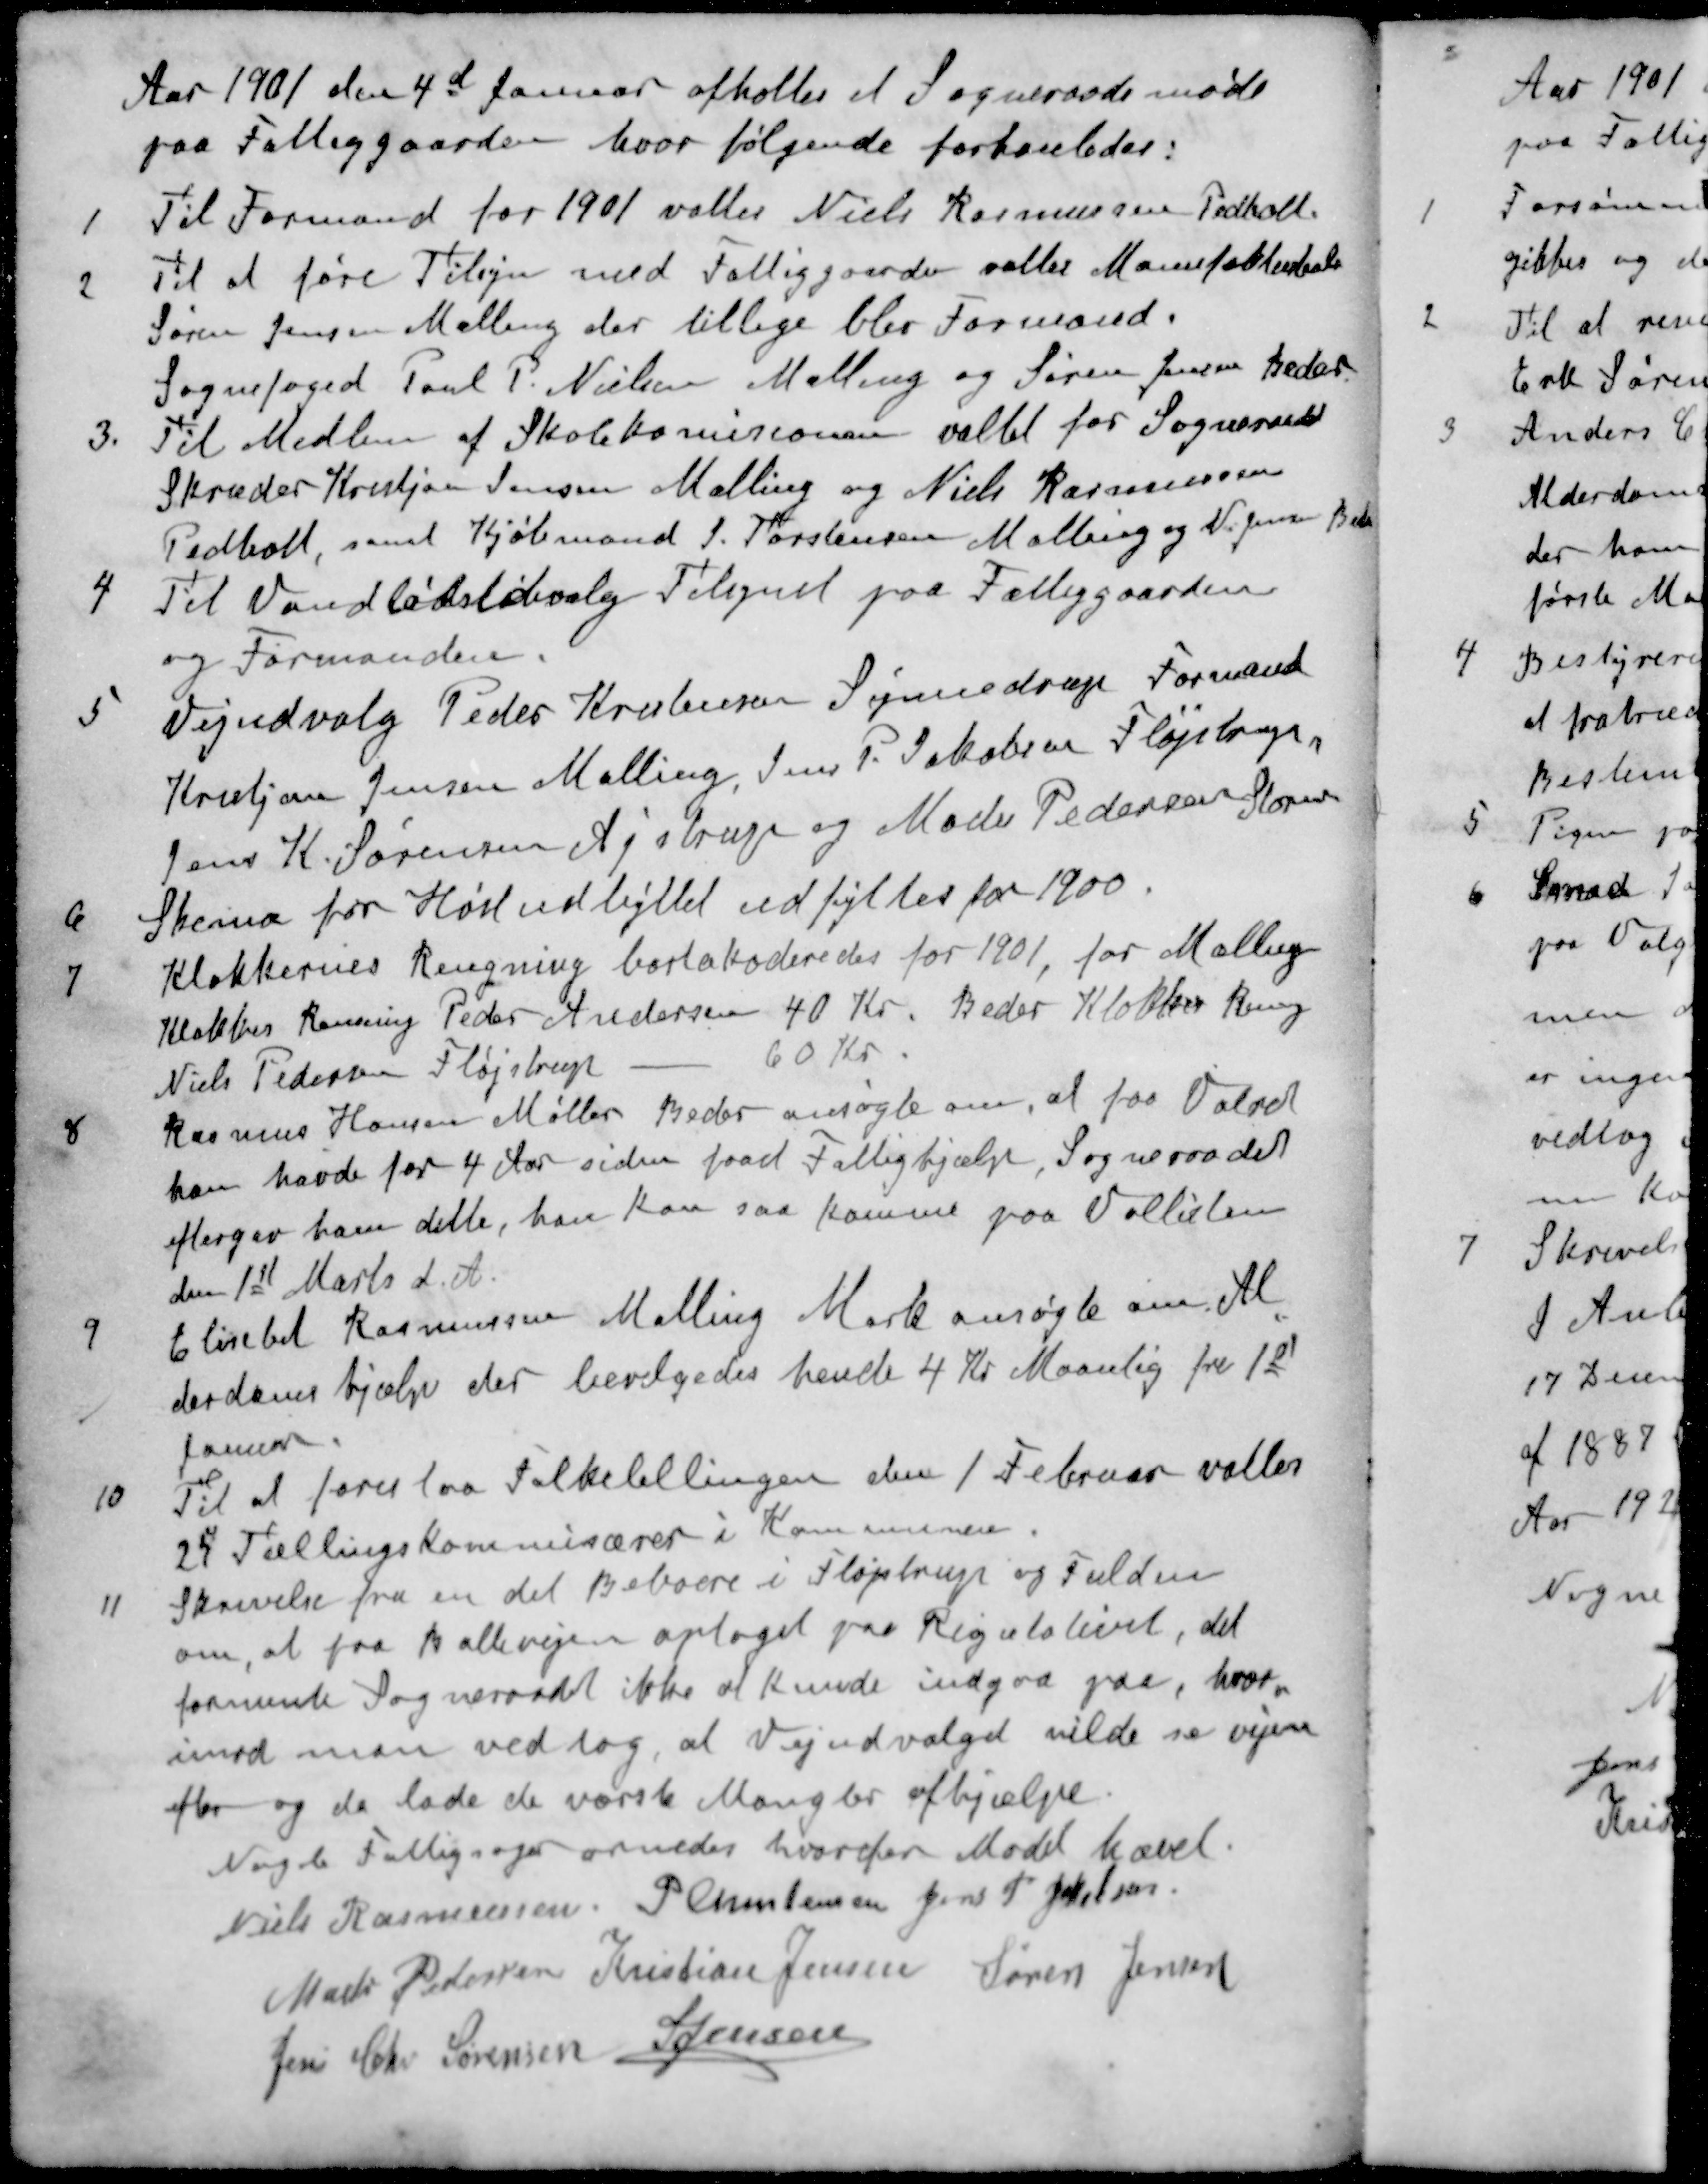
Transskription:
Aar 1901 den 4d Januar afholtes et Sogneraadsmøde
paa Fattiggaarden hvor følgende forhanledes:
1 Til Formand for 1901 valtes Niels Rasmussen Pedholt
2 Til at føre Tilsyn med Fattiggaarden valtes Manufakturhandler
Søren Jensen Malling der tillige blev Formand.
Sognefoged Poul P Nielsen Malling og Søren Jensen Beder
3 Til Medlem af Skolekomisionen valget for Sogneraadet
Skræder Kristjan Jensen Malling og Niels Rasmussen
Pedholt, samt Kjøbmand J. Torstensen Malling og V. Jensen Beder
4 Til Vandløbsløbvalg Tilegnet paa Fattiggaarden
og Formanden.
5 Vejudvalg Peder Kristensen Synnedrup Formand
Kristjan Jensen Malling, Jens P. Jakobsen Fløjstrup
Jens K. Sørensen, Ajstrup og Mads Pedersen Stornor
6 Skema for Høstudbyttet udfyltes for 1900.
7 Klokkernes Rengning bortakoderedes for 1901, for Malling
Klokker Rensning Peder Andersen 40 Kr. Beder Klokker Ring
Niels Pedersen Fløjstrup - 60 Kr.
8 Rasmus Hansen Møller, Beder ansøgte om, at faa Valret
han havde for 4 Aar siden faaet Fattighjælp, Sogneraadet
eftergav ham dette, han kan saa komme paa Vallisten
den 1ste Marts d. A.
9 Elisebet Rasmussen Malling Mark ansøgte om Al
derdomshjælp der bevilgedes hende 4 Kr Maanlig fra 1st
Januar
10 Til at forestaa Folketellingen den 1 Februar valtes
24 Tællingskommisærer i Kommunen.
11 Skrivelse fra en del Beboere i Fløjstrup og Fulden
om, at faa Ballevejen optaget paa Regulativet, det
formente Sogneraadet ikke af kunde indgaa paa, hvor
imod man vedtog, at Vejudvalget vilde se vejen 
efter og da lade de værste Mangler afhjælpe
Nogle Fattigsager ornedes hvorefter Mødet hævet.
Niels Rasmussen
P Christensen
Jens P Jacobsen
Mads Pedersen
Kristian Jensen
Søren Jensen
Jens Chr Sørensen
S Jensen